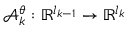
\mathcal { A } _ { k } ^ { \theta } : \mathbb { R } ^ { l _ { k - 1 } } \rightarrow \mathbb { R } ^ { l _ { k } }